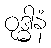
ဝုဒ္ဓါနံ